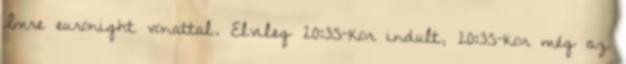
Imre euronight vonattal. Elvileg 20:35-kor indult, 20:35-kor még az